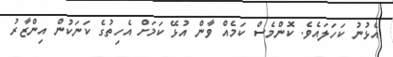
އެޅުނު ކަހަލައެވެ. ކޮންމެސް ކަމެއް ވާން އުޅޭ ކަމަށް އެހިތުގެ ކަނަކުން އިންޒާރު